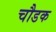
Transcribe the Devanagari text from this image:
चौडक